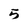
Character: 5